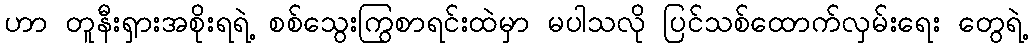
ဟာ တူနီးရှားအစိုးရရဲ့ စစ်သွေးကြွစာရင်းထဲမှာ မပါသလို ပြင်သစ်ထောက်လှမ်းရေး တွေရဲ့